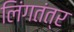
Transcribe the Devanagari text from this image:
लिंगतंत्र